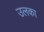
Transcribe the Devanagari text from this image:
उलका